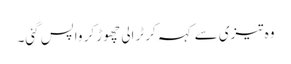
وہ تیزی سے کہہ کر ٹرالی چھوڑ کر واپس گئی۔